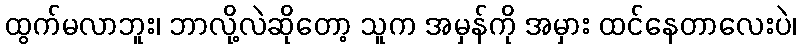
ထွက်မလာဘူး၊ ဘာလို့လဲဆိုတော့ သူက အမှန်ကို အမှား ထင်နေတာလေးပဲ၊